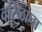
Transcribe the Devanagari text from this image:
वरिष्ठांना